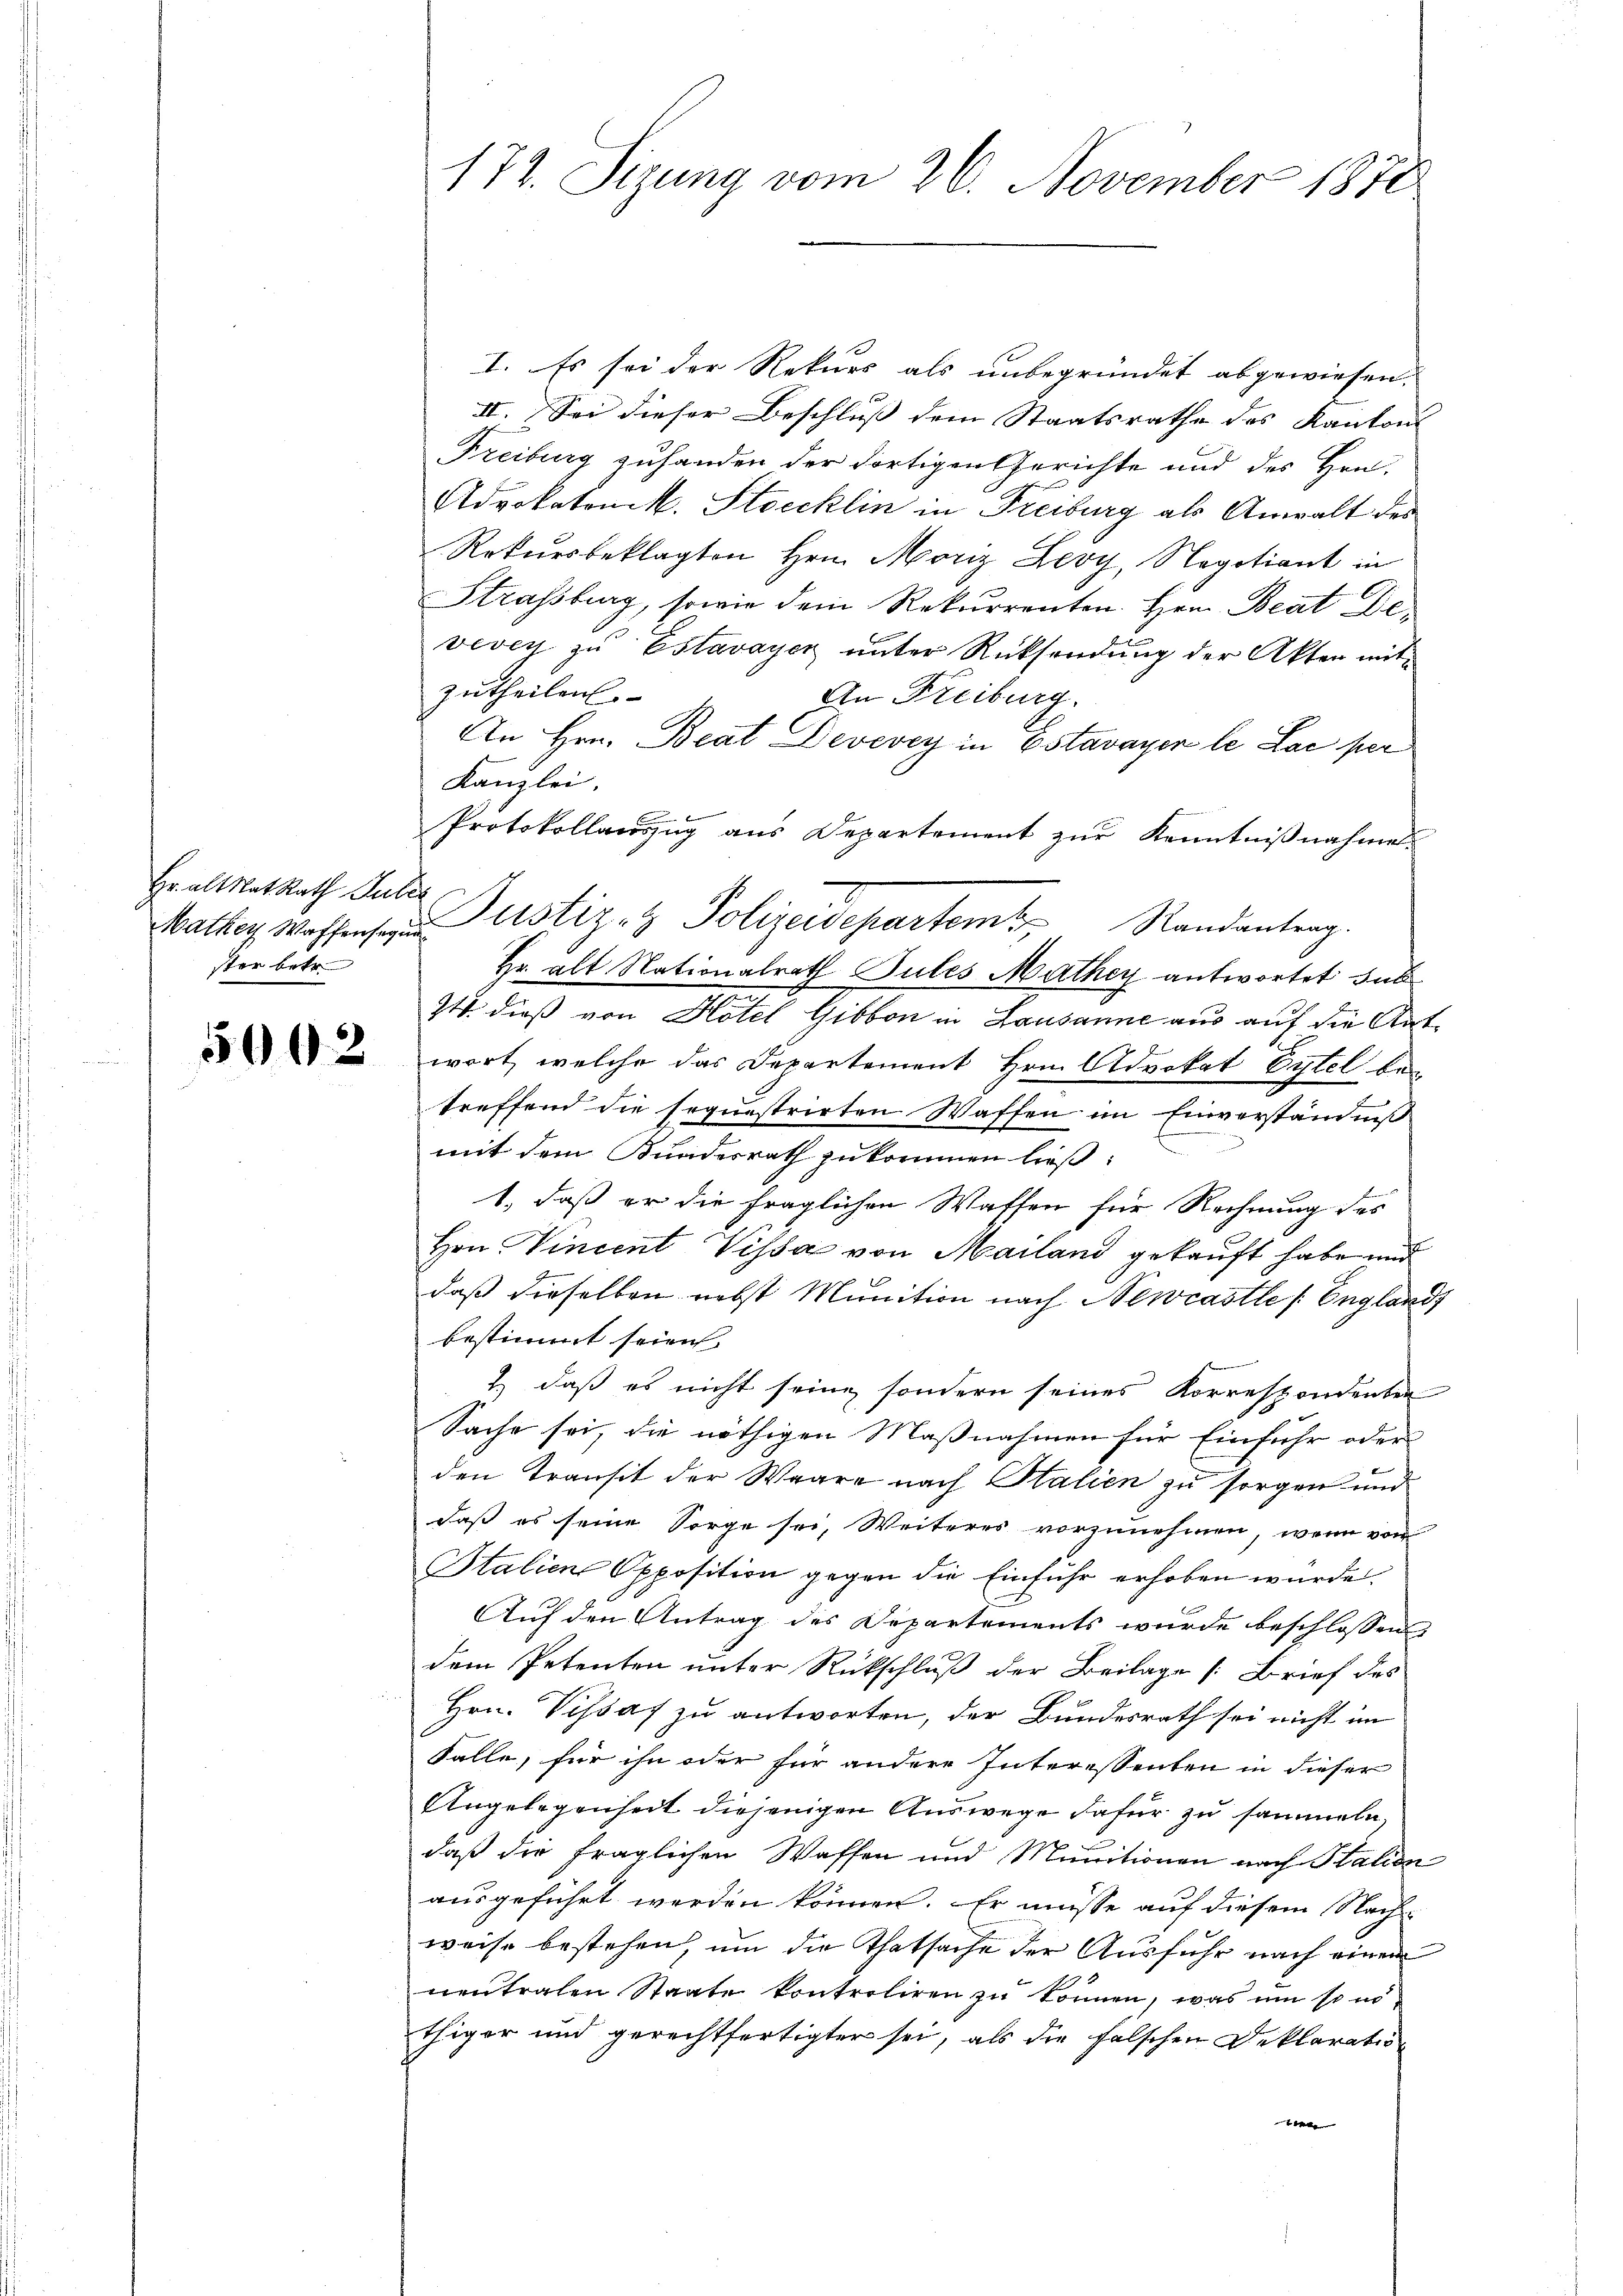
Hr. altrat Rath Guber
ster betr.

5002

I. Es sei der Rekurs als unbegründet abgewiesen.
II. Sei dieser Beschluß dem Staatsrathe des Kantons
Freiburg zuhanden der dortigen Gerichte und des Hrn.
Advokaten M. Strecklin in Freiburg als Anwalt des
Rekursbeklagten Hrn. Moriz Leoy, Negotiant in
Strassburg, sowie dem Rekurrenten. Hrn. Beat De
vevey zŭ Estavayer ŭnter Rücksendung der Akten mit
zutheilen.
An Freiburg.
An Hrn. Beat Devevey in Estavayer le Lac per
Kanzlei.
Protokollauszug aus Departement zur Kenntnißnahmen
Mathes Waffensein Justiz- & Polizeidepartem Randantrag.
Hr. alt Nationalrath Sules Mathey antwortet sub
I4 dieß von Hotel Gibbon in Lausanne aus auf die Antwort, welche das Departement Hrn. Advokat Eytel bei
treffend die sequestrirten Waffen im Einverständniß
und
mit dem Bundesrath zukommen ließ.
1., daß er die fraglichen Waffen für Rechnung des
Hrn. Vincent Vissa von Mailand gekauft habe und
daß dieselben nebst Munition nach Newcastle (Englands
bestimmt seien
e
2) daß es nicht seine sondern seines Korrespondenten
Sache sei, die nöthigen Maßnahmen für Einfuhr oder
den Transit der Waare nach Stalien zu sorgen und
daß es seine Sorge sei, Weiteres vorzunehmen, wenn von
Italien Opposition gegen die Einfuhr erhoben wurde.
Auf den Antrag des Departements wurde beschlossen,
dem Petenten unter Rückschluß der Beilage [Brief des
Hrn. Vissaf zu antworten, der Bundesrath sei nicht im
Falle, für ihn oder für andere Interessenten in dieser
Angelegenheit diejenigen Auswege dafür zu sammeln.
daß die fraglichen Waffen und Munitionen nach Italien
ausgeführt werden können. Er müsse auf diesem Nach-
weise bestehen, um die Thatsache der Ausfuhr nach einem
neutralen Staate kontroliren zu können, was um so nöthiger und gerechtfertigter sei, als die falschen Deklaration
bere

172. Sizung vom 26. November 1878